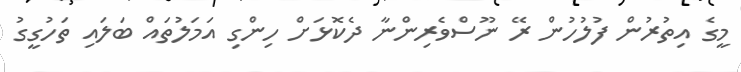
މީގެ އިތުރުން ފުލުހުން ރޭ ނޫސްވެރިންނާ ދެކޮޅަށް ހިންގި އަމަލުތައް ބަލައި ތަހުގީގު